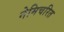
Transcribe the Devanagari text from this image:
नेमिचरित